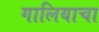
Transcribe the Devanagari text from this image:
गालियाचा